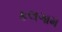
કલગામ